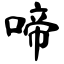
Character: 啼